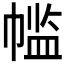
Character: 𫷌